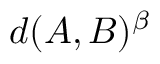
d ( A , B ) ^ { \beta }